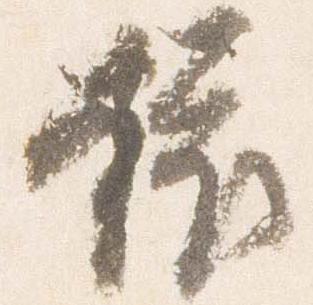
依